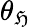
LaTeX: \theta_{\mathfrak{H}}